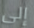
إلى